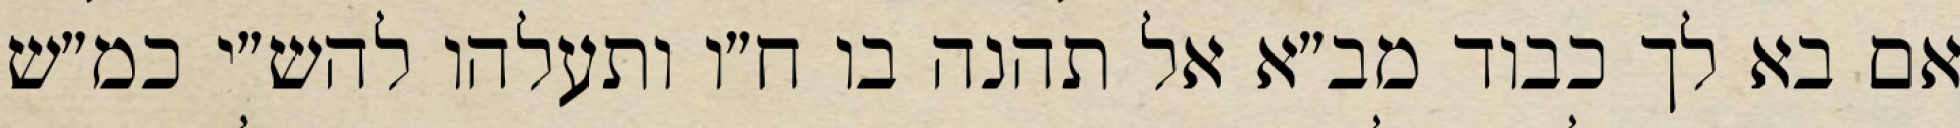
אם בא לך כבוד מב״א אל תהנה בו ח״ו ותעלהו להש״י כמ״ש